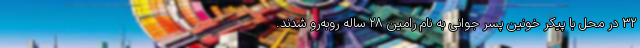
۳۲ در محل با پیکر خونین پسر جوانی به نام رامین ۲۸ ساله روبه‌رو شدند.